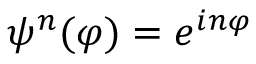
\psi ^ { n } ( \varphi ) = e ^ { i n \varphi }